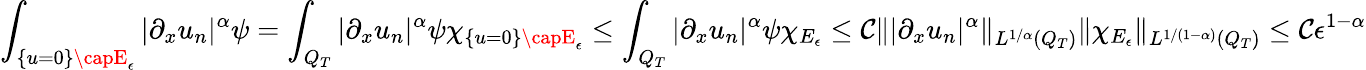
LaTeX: \int_{\{ u=0\} \capE_{\epsilon}}|\partial_{x}u_{n}|^{\alpha}\psi=\int_{Q_{T}}|\partial_{x}u_{n}|^{\alpha}\psi\chi_{\{ u=0\} \capE_{\epsilon}}\leq\int_{Q_{T}}|\partial_{x}u_{n}|^{\alpha}\psi\chi_{E_{\epsilon}}\leq\mathcal{C}\lVert|\partial_{x}u_{n}|^{\alpha}\rVert_{L^{1/\alpha}(Q_{T})}\lVert\chi_{E_{\epsilon}}\rVert_{L^{1/(1-\alpha)}(Q_{T})}\leq\mathcal{C}\epsilon^{1-\alpha}